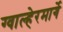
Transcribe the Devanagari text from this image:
ग्वाल्हेरमार्गे